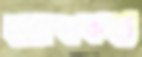
হরবকত